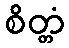
စိတ္တံ